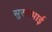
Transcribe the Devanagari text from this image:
सुरगभाई